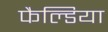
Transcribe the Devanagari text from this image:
फैल्डिया